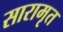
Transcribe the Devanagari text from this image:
सारामृत